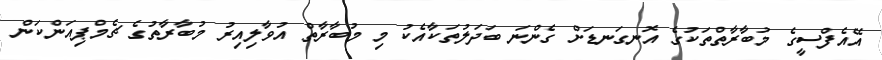
އޭއެފްސީގެ މުބާރާތްތަކުގެ އޮނގަނޑަށް ގެންނަ ބަދަލުތަކާއެކު މި މުބާރާތް އުވާލިއިރު މުބާރާތުގެ ޗެމްޕިއަންކަން